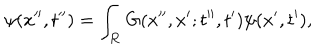
\psi ( x ^ { \prime \prime } , t ^ { \prime \prime } ) = \int _ { \bf R } G ( x ^ { \prime \prime } , x ^ { \prime } ; t ^ { \prime \prime } , t ^ { \prime } ) \psi ( x ^ { \prime } , t ^ { \prime } ) ,